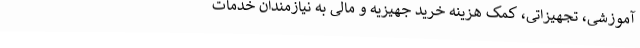
آموزشی، تجهیزاتی، کمک هزینه خرید جهیزیه و مالی به نیازمندان خدمات